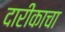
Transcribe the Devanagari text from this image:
दारीकाचा